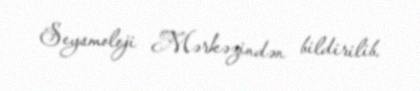
Seysmoloji Mərkəzindən bildirilib.